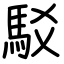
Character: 駁